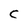
Character: C